Indian Civil Veterinary Department memoirs
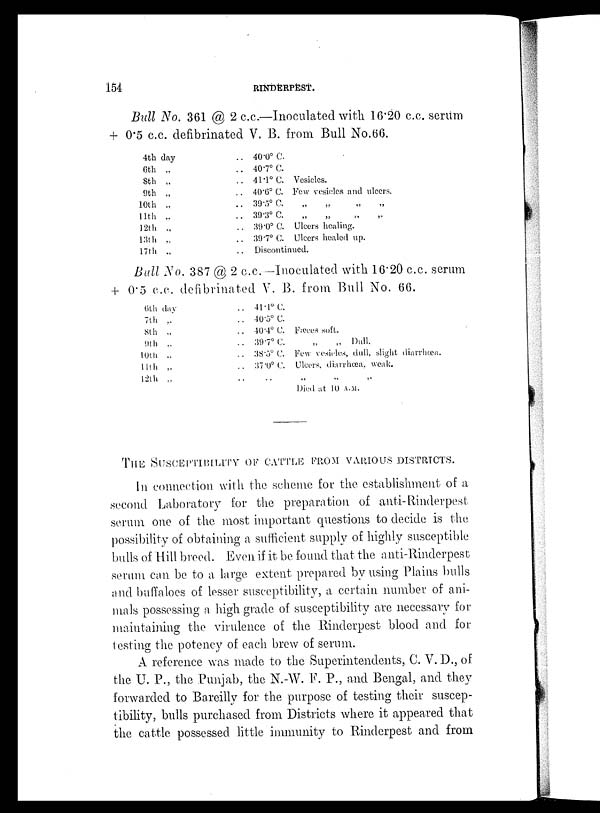
154
RINDERPEST.
Bull No. 361 @ 2 c.c.—Inoculated with 16.20 c.c. serum
+ 0.5 c.c. defibrinated V. R. from Bull No. 66.
4th day
6th „
8th „
9th „
10th „
11th „
12th „
13th „
17th „
.. 40.0º C.
.. 40.7º C.
.. 41.1º C. Vesicles.
.. 40.6º C. Few vesicles and ulcers.
.. 39.5º C. „ „ „ „
.. 39.3º C. „ „ „ „
.. 39.0º C. Ulcers healing.
.. 39.7º C. Ulcers healed up.
.. Discontinued.
Ball No. 387 @ 2 c.c.—Inoculated with 16.20 c.c. serum
+ 0.5 c.c. defibrinated V. B. from Bull No. 66.
6th day
7th „
8th „
9th „
10th „
11th „
12th „
.. 41.1º C.
.. 40.5º C.
.. 40.4º C. Fæces soft.
.. 39.7º C.
„
„ Dull.
.. 38.5º C. Few vesicles, dull, slight diarrhœa.
.. 37.0º C. Ulcers, diarrhœa, weak.
.. .. „
„
„
Died at 10 A.M.
THE SUSCEPTIBILITY OF CATTLE FROM VARIOUS DISTRICTS.
In connection with the scheme for the establishment of a
second Laboratory for the preparation of anti-Rinderpest
serum one of the most important questions to decide is the
possibility of obtaining a sufficient supply of highly susceptible
bulls of Hill breed. Even if it be found that the anti-Rinderpest
serum can be to a large extent prepared by using Plains bulls
and buffaloes of lesser susceptibility, a certain number of ani-
mals possessing a high grade of susceptibility are necessary for
maintaining the virulence of the Rinderpest blood and for
testing the potency of. each brew of serum.
A reference was made to the Superintendents, C. V. D., of
the U. P., the Punjab, the N.-W. F. P., and Bengal, and they
forwarded to Bareilly for the purpose of testing their suscep-
tibility, bulls purchased from Districts where it appeared that
the cattle possessed little immunity to Rinderpest and from